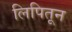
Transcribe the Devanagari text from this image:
लिपितून